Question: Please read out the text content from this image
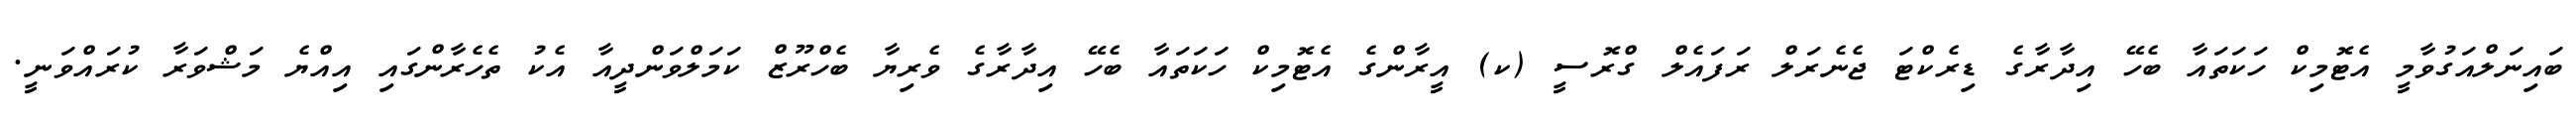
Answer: ބައިނަލްއަގުވާމީ އެޓޮމިކް ހަކަތައާ ބެހޭ އިދާރާގެ ޑިރެކްޓަ ޖެނެރަލް ރަފައެލް ގްރޮސީ (ކ) އީރާންގެ އެޓޮމިކް ހަކަތައާ ބެހޭ އިދާރާގެ ވެރިޔާ ބެހްރޫޒް ކަމަލްވަންދީއާ އެކު ތެހެރާންގައި އިއްޔެ މަޝްވަރާ ކުރައްވަނީ.